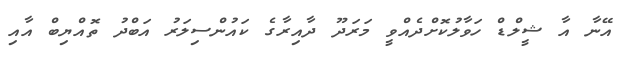
އޭނާ އާ ޝީލްޑް ހަވާލުކޮށްދެއްވީ މަރަދޫ ދާއިރާގެ ކައުންސިލަރު އަބްދު ތޮއްޔިބް އާއި